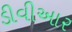
ડીવીઆર